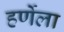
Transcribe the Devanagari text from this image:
हर्णेला